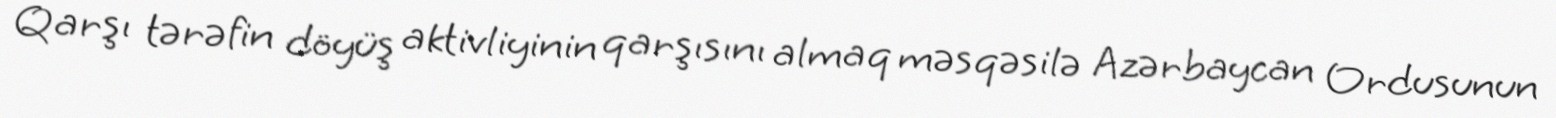
Qarşı tərəfin döyüş aktivliyinin qarşısını almaq məsqəsilə Azərbaycan Ordusunun